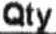
QTY